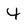
Character: 4